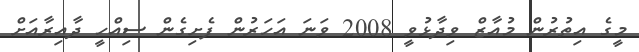
މީގެ އިތުރުން މުއާޒް ވިދާޅުވީ 2008 ވަނަ އަހަރުން ފެށިގެން ސިއްހީ ދާއިރާއަށް